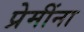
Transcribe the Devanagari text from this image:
प्रेमींना